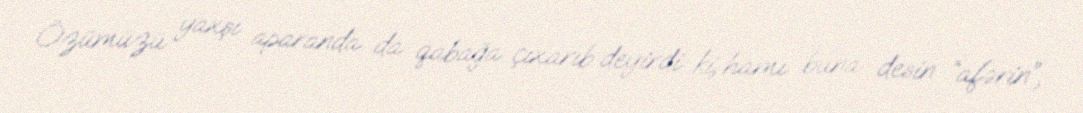
Özümüzü yaxşı aparanda da qabağa çıxarıb deyirdi ki, hamı buna desin “afərin”,